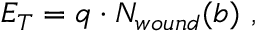
E _ { T } = q \cdot N _ { w o u n d } ( b ) \ ,